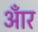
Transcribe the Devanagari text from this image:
आँर